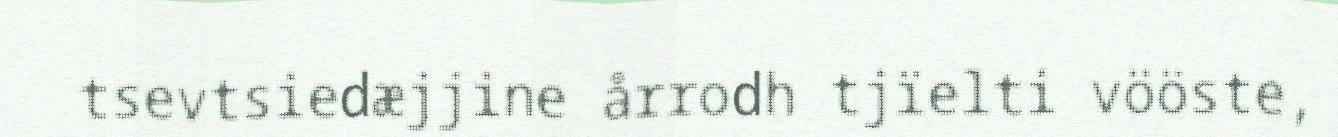
tsevtsiedæjjine årrodh tjïelti vööste,